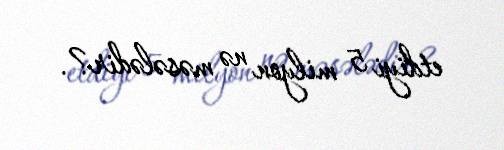
etdiyi 5 milyon nə məsələdir?.